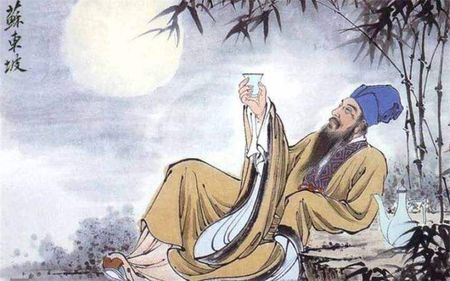
长恨此身非我有，何时忘却营营。